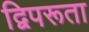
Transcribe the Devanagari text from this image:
द्विपरूता